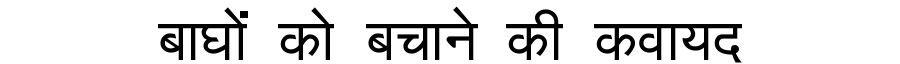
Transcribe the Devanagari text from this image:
बाघों को बचाने की कवायद